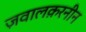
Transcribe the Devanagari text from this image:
ज़वालक़रनीन